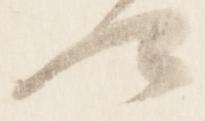
可